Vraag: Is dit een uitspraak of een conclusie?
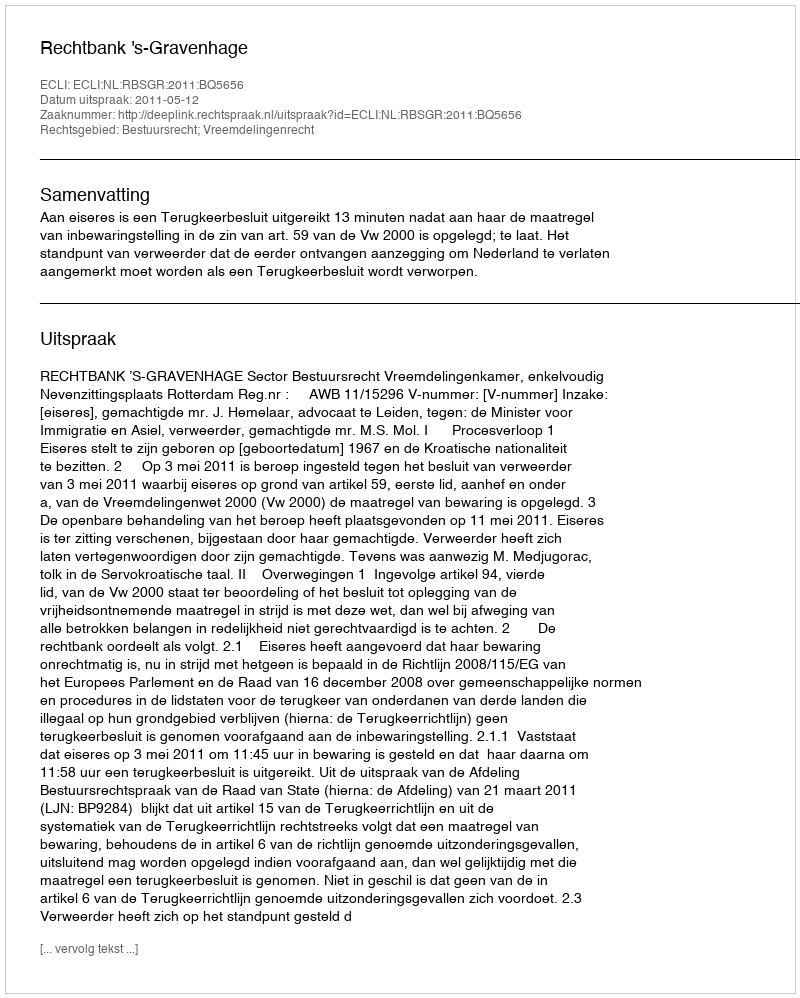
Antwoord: Uitspraak